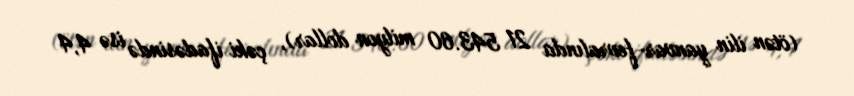
(ötən ilin yanvar-fevralında 21 543.60 milyon dollar), çəki ifadəsində isə 4,4